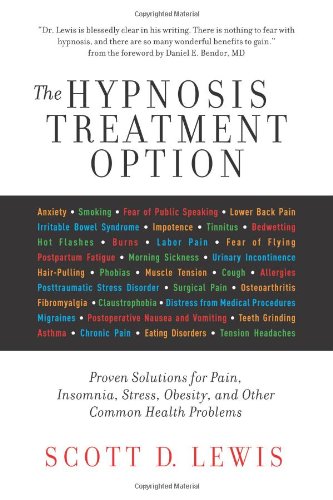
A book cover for The Hypnosis Treatment Option: Proven Solutions for Pain, Insomnia, Stress, Obesity, and Other Common Health Problems; Scott D. Lewis; Health, Fitness & Dieting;